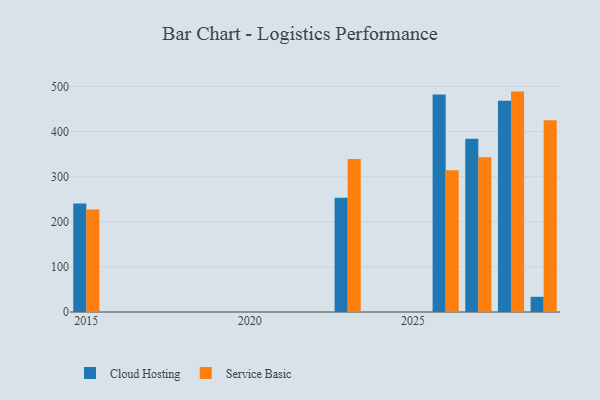
{"axis": {"x": "Year", "y": "Production Output"}, "legend": ["Cloud Hosting", "Service Basic"], "data": [{"x": "2029", "y": 33.7, "type": "Cloud Hosting"}, {"x": "2029", "y": 425.1, "type": "Service Basic"}, {"x": "2026", "y": 481.9, "type": "Cloud Hosting"}, {"x": "2026", "y": 314.3, "type": "Service Basic"}, {"x": "2023", "y": 253.5, "type": "Cloud Hosting"}, {"x": "2023", "y": 339.2, "type": "Service Basic"}, {"x": "2028", "y": 468.1, "type": "Cloud Hosting"}, {"x": "2028", "y": 488.6, "type": "Service Basic"}, {"x": "2015", "y": 240.5, "type": "Cloud Hosting"}, {"x": "2015", "y": 227.3, "type": "Service Basic"}, {"x": "2027", "y": 384.2, "type": "Cloud Hosting"}, {"x": "2027", "y": 343.0, "type": "Service Basic"}]}